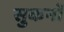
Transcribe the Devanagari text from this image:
सुकर्नो